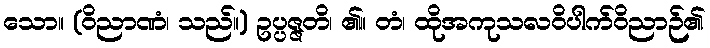
သော။ (ဝိညာဏံ၊ သည်။) ဥပ္ပဇ္ဇတိ၊ ၏။ တံ၊ ထိုအကုသလဝိပါက်ဝိညာဉ်၏